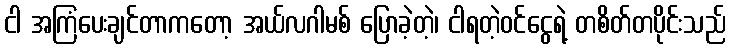
ငါ အကြံပေးချင်တာကတော့ အယ်လဂါမစ် ပြောခဲ့တဲ့၊ ငါရတဲ့ဝင်ငွေရဲ့ တစိတ်တပိုင်းသည်